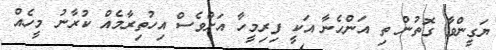
ޔަގީންވާ ގޮތުން ތި އަންހެނާ އަކީ ފިރިމީހާ އަށްވެސް އިހުތިރާމެއް ކުރާނު މީހެއް